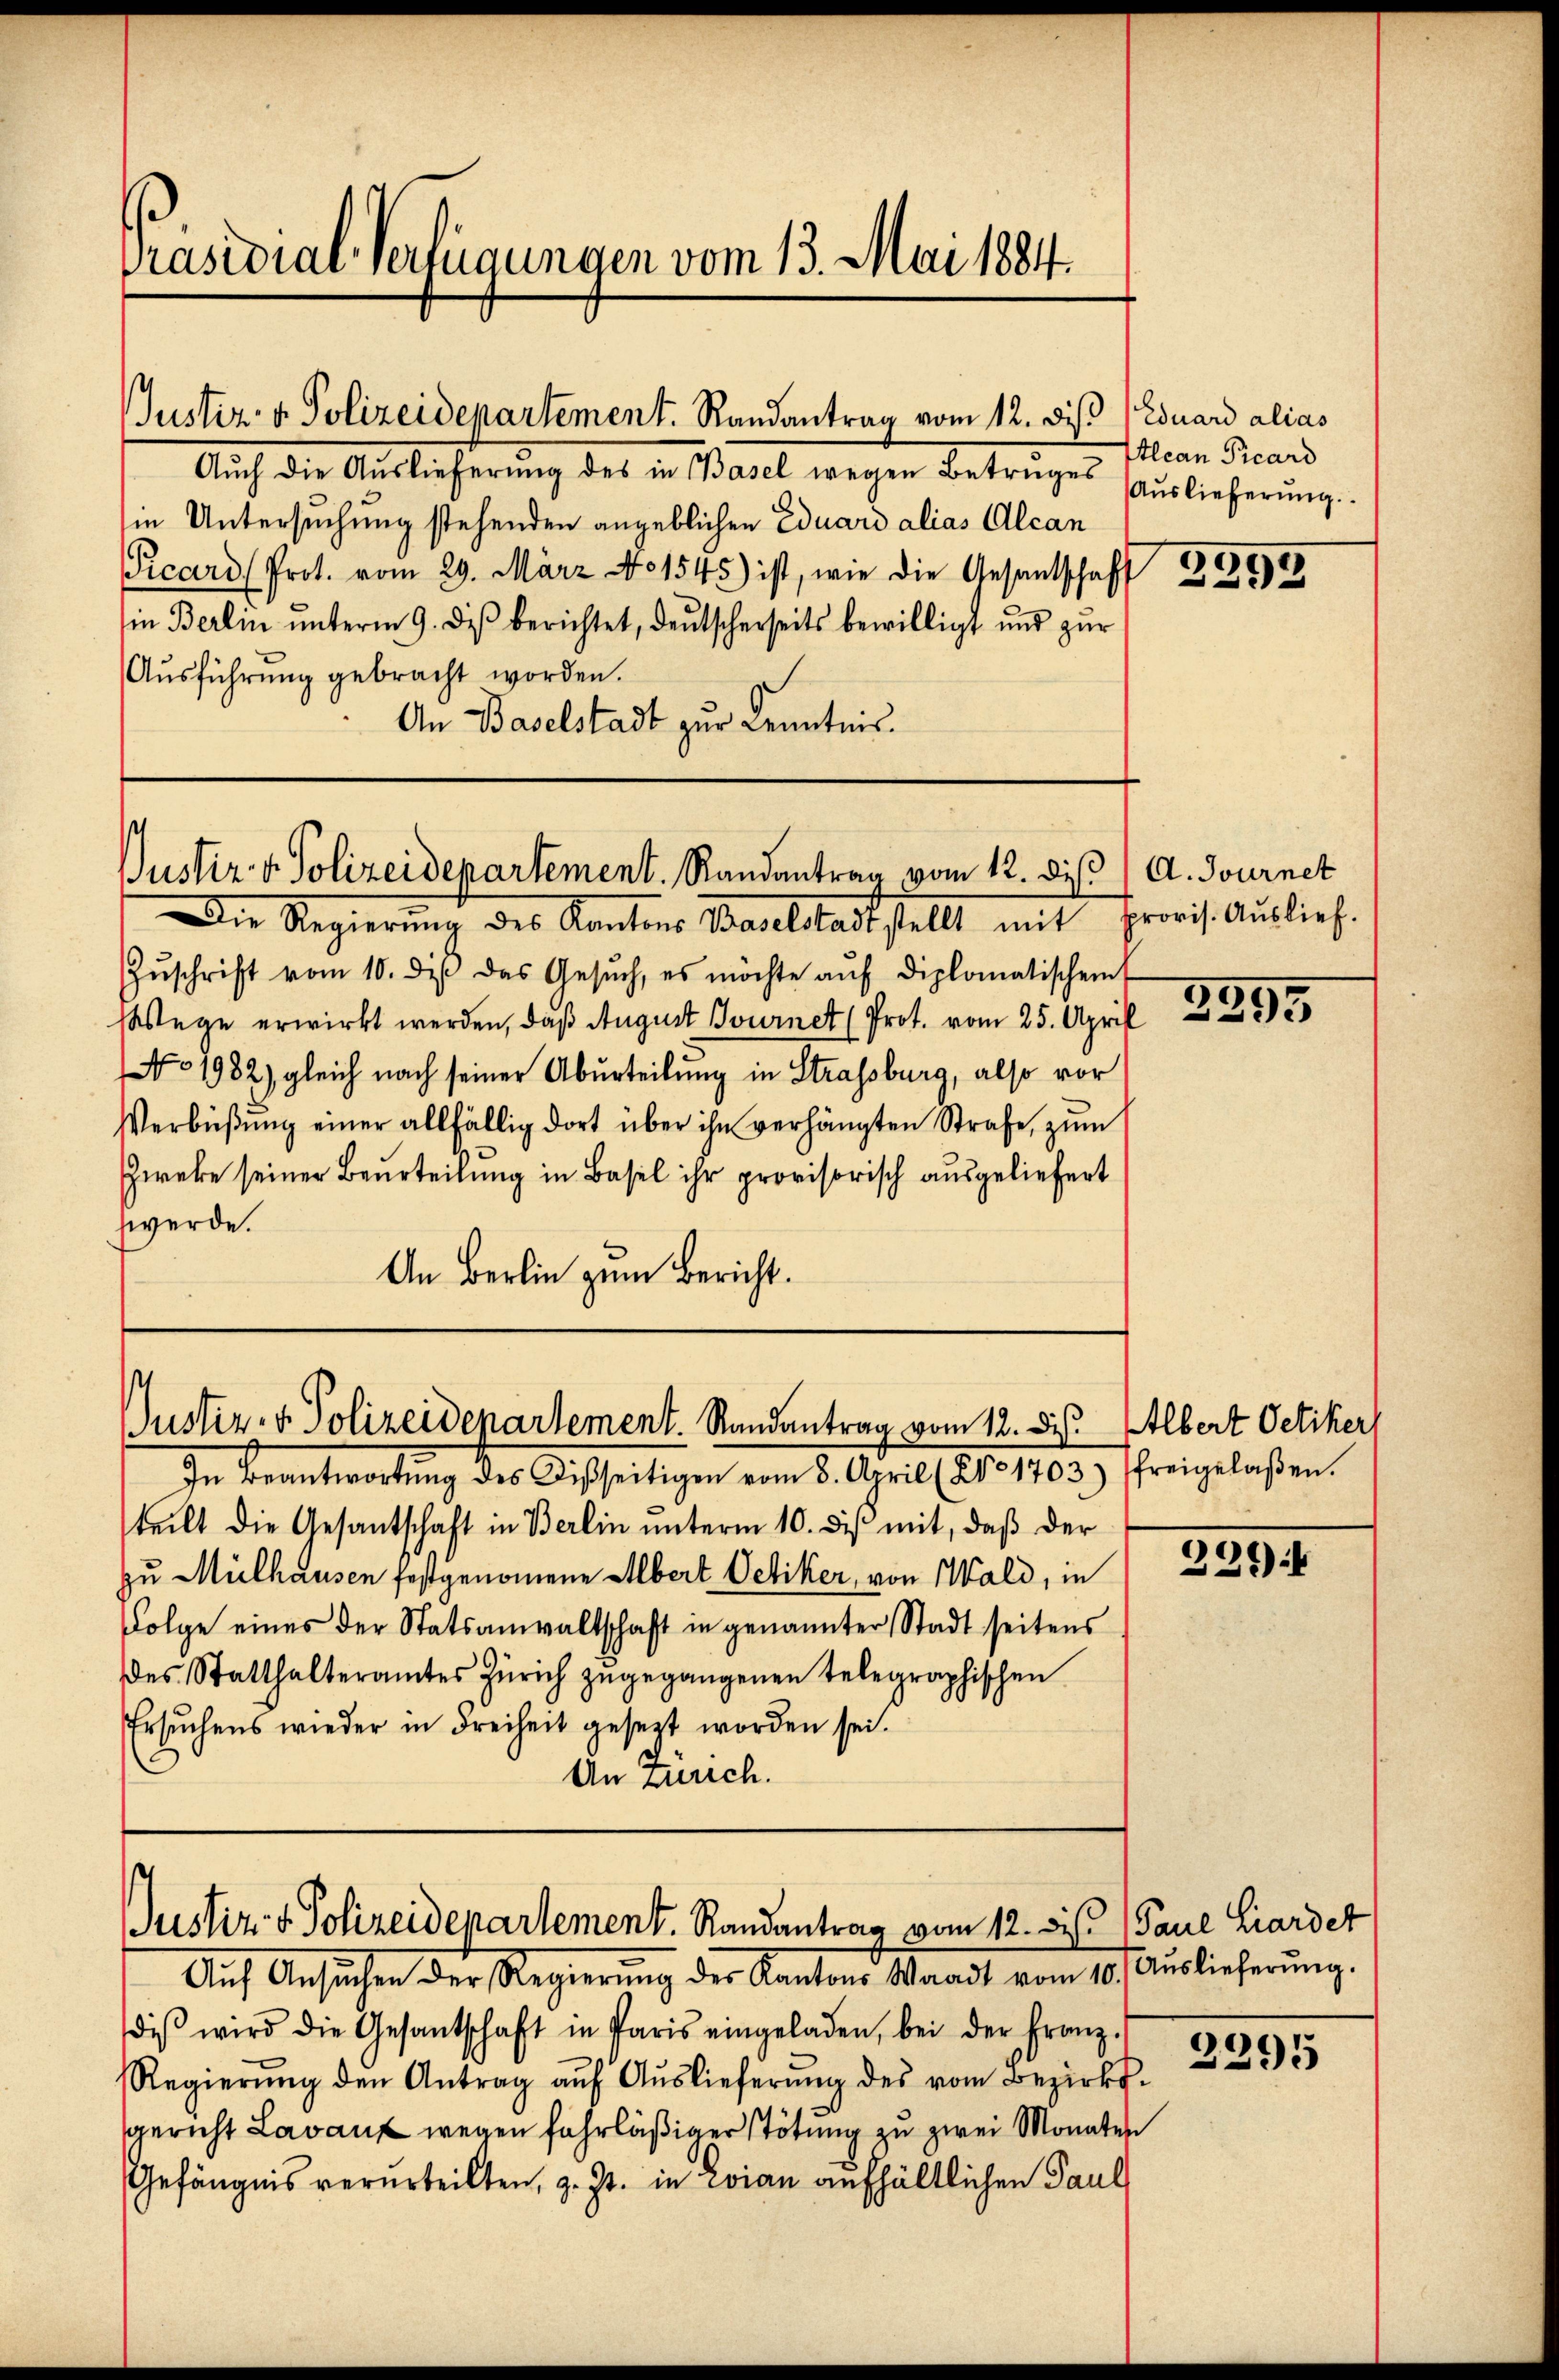
Präsidial-Verfügungen vom 13. Mai 1884.

Justiz- & Polizeidepartement. Randantrag vom 12. dis (Eduard alias

Auch die Auslieferung des in Basel wegen Betrages Auslieferŭng.
in Untersuchung stehenden angeblichen Eduard alias Alcan
Picard (Prot. vom 29. März No 1545) ist, wie die Gesantschaft 228
in Berlin ŭnterm 9. des berichtet, deŭtscherseits bewilligt und zŭr
Aŭsführung gebracht worden.
An Baselstadt zur Kenntnis.

Justiz v. Polizeidepartement. Randantrag vom 12. dis

Justiz- & Polizeidepartement. Randantrag vom 12. des Albert Oetiker,

Die Regierŭng des Kantons Baselstadt stellt mit provis. Auslief.
Zŭschrift vom 10. dβ das Gesŭch, es möchte aŭf diplomatischent
Wege erwirkt werden, daß August Journet (Prot. vom 25. April
No 1982) gleich nach seiner Aburteilung in Strassburg, also vor
Verbüßung einer allfällig dort über ihn verhängten Strafe, zum
Zweke seiner Beurteilung in Basel ihr provisorisch ausgeliefert
werde.
An Berlin zum Bericht.

In Beantwortung des Disseitigen vom 8. April (21. 1703.) Ereigelaßen.
teilt die Gesandtschaft in Berlin ŭnterm 10. diβ mit, daβ der
zu Mülhausen festgenommene Albert Oetiker, von Wald, in
Folge eines der Statsanwaltschaft in genannter Stadt seitens
des Statthalteramtes Zürich zŭgegangenen telegraphischen
Ersŭchens wieder in Freiheit gesezt worden sei.
An Zürich.

diβ wird die Gesantschaft in Paris eingeladen, bei der Franz-
Regierŭng den Antrag aŭf Aŭslieferŭng des vom Bezirks-
gericht Lavanz wegen fahrläßiger Stötung zu zwei Monaten
Gefängnis verurteilten, z. Zt. in vian aufhältlichen Paul

Justiz- & Polizeidepartement. Randantrag vom 12. Dis. Paul Liardet
Auf Ansuchen der Regierung der Kantons Waadt vom 10. Auslicherung,

tlean Picard

A. Journet

2295

334)

2295